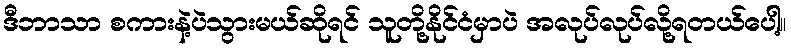
ဒီဘာသာ စကားနဲ့ပဲသွားမယ်ဆိုရင် သူတို့နိုင်ငံမှာပဲ အလုပ်လုပ်လို့ရတယ်ပေါ့။